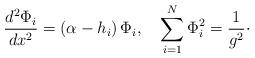
LaTeX: \begin{align*}{d^{2}\Phi_{i}\over dx^{2}} = (\alpha -h_{i})\, \Phi_{i},\quad\sum_{i=1}^{N}\Phi_{i}^{2} = {1\over g^{2}}\cdotp\end{align*}